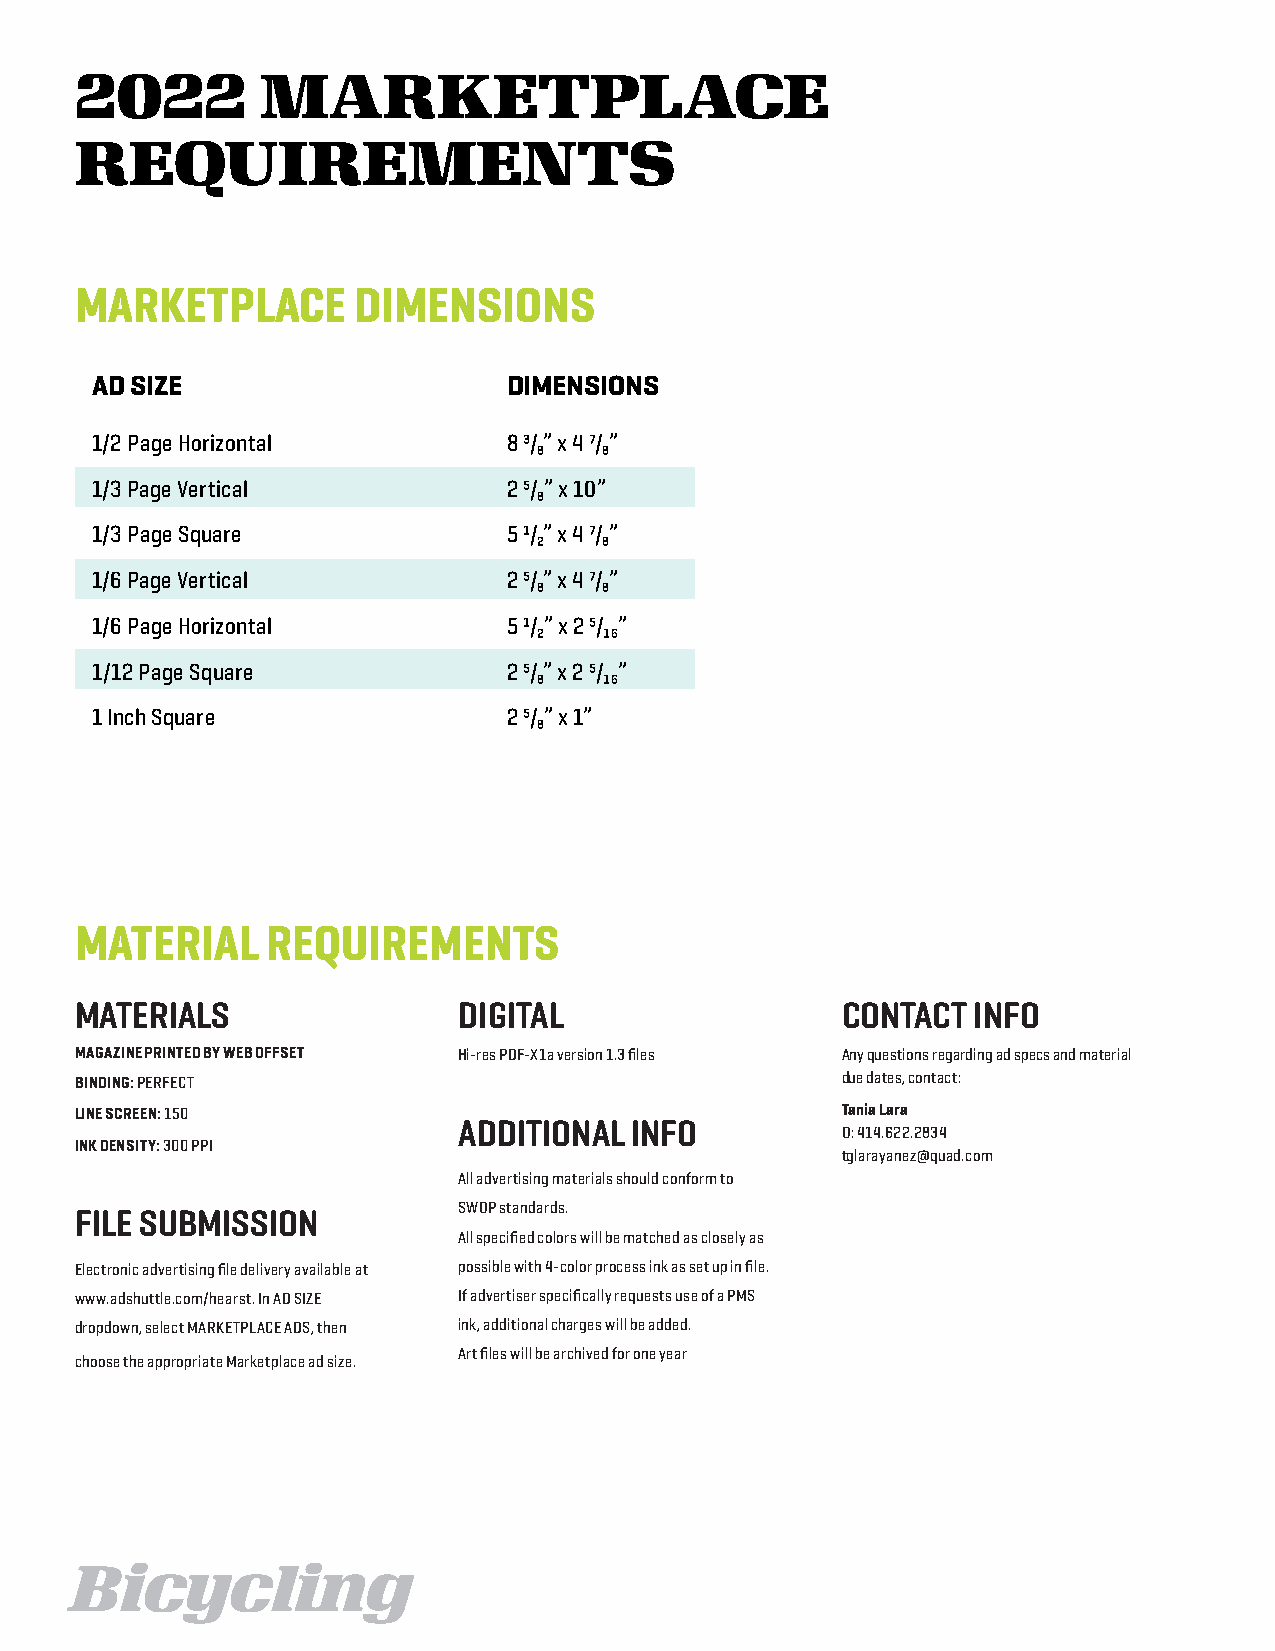
2022        MARKETPLACE
 REQUIREMENTS
 MARKETPLACE       DIMENSIONS
 AD SIZE                     DIMENSIONS
 1/2 Page Horizontal         8 3/₈” x 4 7/₈”
 1/3 Page Vertical           2 5/₈” x 10”
 1/3 Page Square             5 1/₂” x 4 7/₈”
 1/6 Page Vertical           2 5/₈” x 4 7/₈”
 1/6 Page Horizontal         5 1/₂” x 2 5/₁₆”
 1/12 Page Square            2 5/₈” x 2 5/₁₆”
 1 Inch Square               2 5/₈” x 1”
 MATERIAL     REQUIREMENTS
 MATERIALS                DIGITAL                   CONTACT INFO
 MAGAZINE PRINTED BY WEB OFFSET Hi-res PDF-X1a version 1.3 files Any questions regarding ad specs and material
 BINDING: PERFECT                                   due dates, contact:
 LINE SCREEN: 150                                   Tania Lara
 ADDITIONAL  INFO
 O: 414.622.2834
 INK DENSITY: 300 PPI
 tglarayanez@quad.com
 All advertising materials should conform to
 SWOP standards.
 FILE SUBMISSION
 All specified colors will be matched as closely as
 Electronic advertising file delivery available at possible with 4-color process ink as set up in file.
 www.adshuttle.com/hearst. In AD SIZE If advertiser specifically requests use of a PMS
 dropdown, select MARKETPLACE ADS, then ink, additional charges will be added.
 Art files will be archived for one year
 choose the appropriate Marketplace ad size.
 Bicycling